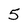
Character: 5